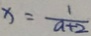
x = \frac { 1 } { a + 2 }